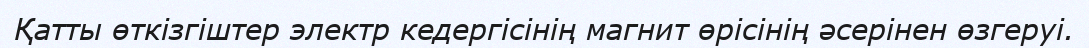
Қатты өткізгіштер электр кедергісінің магнит өрісінің әсерінен өзгеруі.